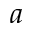
a